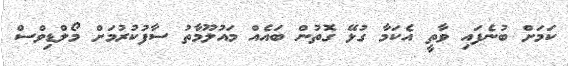
ކަމަށް ބުނެފައި ވާތީ އެކަމާ ގުޅޭ ގޮތުން ބައެއް މައުލޫމާތު ސާފުކުރުމަށް މޯލްޑިވްސް